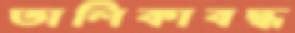
তালিকাবদ্ধ